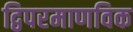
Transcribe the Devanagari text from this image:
द्विपरमाणविक